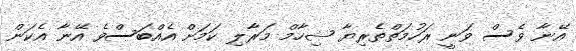
އޭނާ ވެސް ވަނީ ރަހުމަތްތެރިޔާ ޝިހާމް މަރާލި ކަމަށް އެއްބަސްވެ އޭނާ އެކަން